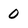
Character: 0